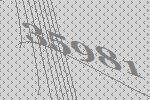
35981